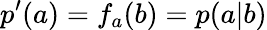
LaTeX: p^{\prime}(a)=f_{a}(b)=p(a|b)